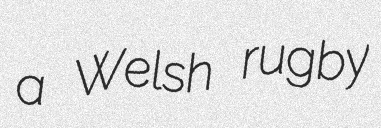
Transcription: a Welsh rugby